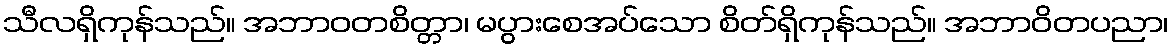
သီလရှိကုန်သည်။ အဘာဝတစိတ္တာ၊ မပွားစေအပ်သော စိတ်ရှိကုန်သည်။ အဘာဝိတပညာ၊